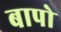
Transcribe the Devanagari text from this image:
बापो